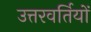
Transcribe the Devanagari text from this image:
उत्तरवर्तियों